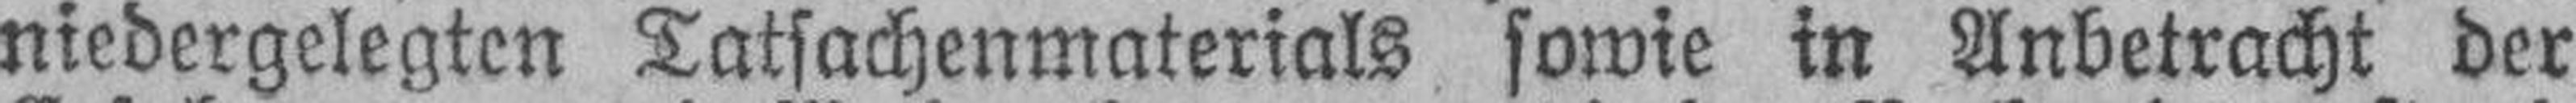
niedergelegten Tatsachenmaterials sowie in Anbetracht der